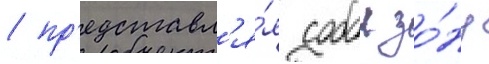
/ пр'едставл'я́я собои зо́ну